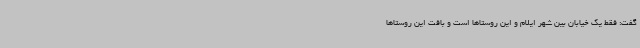
گفت: فقط یک خیابان بین شهر ایلام و این روستاها است و بافت این روستاها